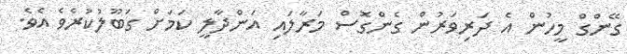
ގޭންގް މީހުން އެ ދަރިވަރުން ގެންގޮސް މަރާލައި އަންދާލީ ކަމަށް ގަބޫލުކުރެވެ އެވެ.